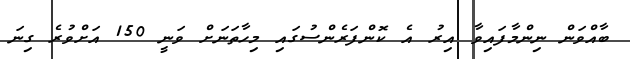
ބާއްވަން ނިންމާފައިވާ އިރު އެ ކޮންފަރެންސުގައި މިހާތަނަށް ވަނީ 150 އަށްވުރެ ގިނަ